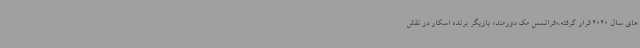
های سال 2020 قرار گرفته،«فرانسس مک دورمند» بازیگر برنده اسکار در نقش